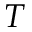
T